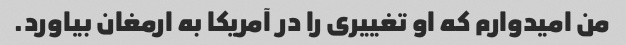
من امیدوارم که او تغییری را در آمریکا به ارمغان بیاورد.